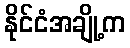
နိုင်ငံအချို့က